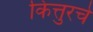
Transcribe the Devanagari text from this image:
कित्तुरचे